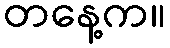
တနေ့က။